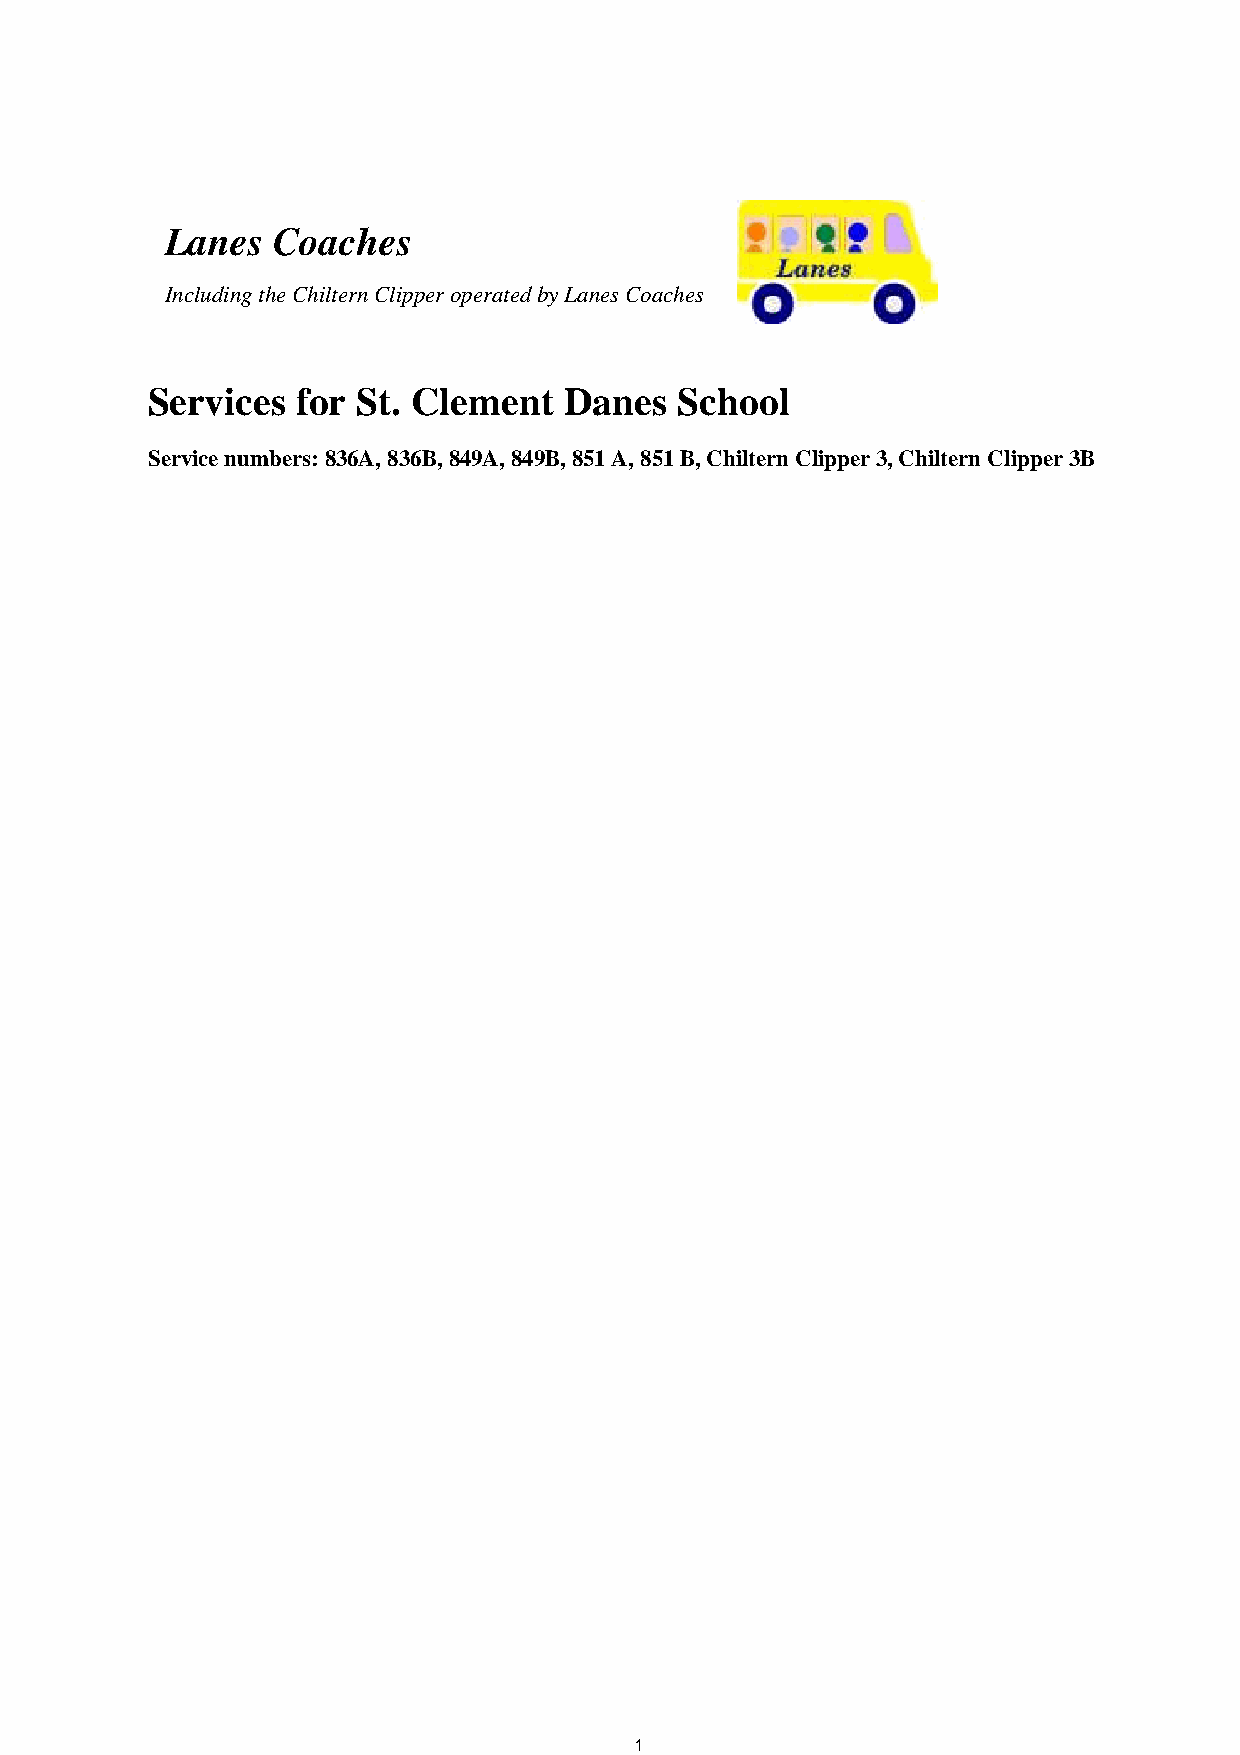
Lanes  Coaches
 Including the Chiltern Clipper operated by Lanes Coaches
 Services  for St. Clement  Danes   School
 Service numbers: 836A, 836B, 849A, 849B, 851 A, 851 B, Chiltern Clipper 3, Chiltern Clipper 3B
 1